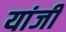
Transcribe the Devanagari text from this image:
यांजी